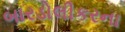
બારડોલીકરના